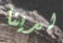
لدينا